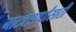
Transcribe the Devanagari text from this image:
नाट्यस्पर्धांसाठी